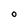
Character: O